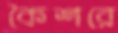
কৈশরে